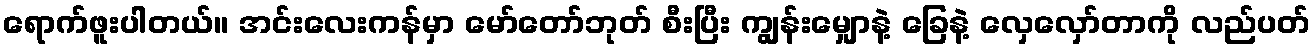
ရောက်ဖူးပါတယ်။ အင်းလေးကန်မှာ မော်တော်ဘုတ် စီးပြီး ကျွန်းမျှောနဲ့ ခြေနဲ့ လှေလှော်တာကို လည်ပတ်